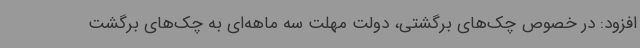
افزود: در خصوص چک‌های برگشتی، دولت مهلت سه ماهه‌ای به چک‌های برگشت